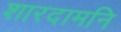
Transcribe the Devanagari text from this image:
शारदामनि